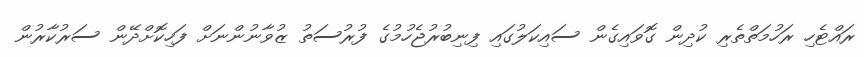
ރައްޓެހި ރަހުމަތްތެރި ކުދިން ގޮވައިގެން ސައިކަލުގައި ފިނިބުރުޖެހުމުގެ ފުރުސަތު ޒުވާނުންނަށް ފަހިކޮށްދޭން ސަރުކާރުން